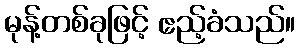
မုန့်တစ်ခုဖြင့် ဧည့်ခံသည်။